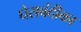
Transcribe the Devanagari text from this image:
घेराबंदीका